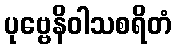
ပုဗ္ဗေနိဝါသစရိတံ